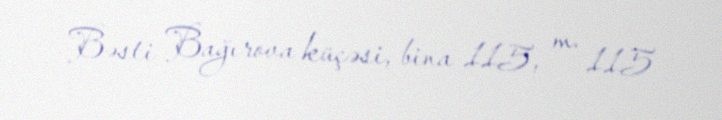
Bəsti Bağırova küçəsi, bina 115, m. 115